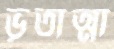
ভূতাত্মা